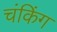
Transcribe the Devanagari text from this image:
चंकिंग